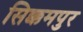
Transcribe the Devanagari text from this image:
सिक्कमपुर